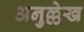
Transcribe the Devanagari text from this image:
अनुल्लेख